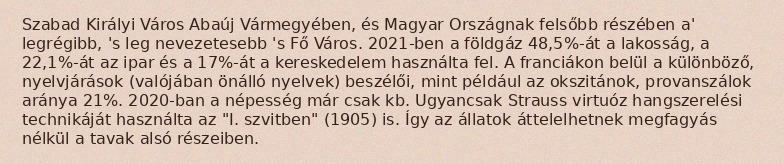
Szabad Királyi Város Abaúj Vármegyében, és Magyar Országnak felsőbb részében a' legrégibb, 's leg nevezetesebb 's Fő Város. 2021-ben a földgáz 48,5%-át a lakosság, a 22,1%-át az ipar és a 17%-át a kereskedelem használta fel. A franciákon belül a különböző, nyelvjárások (valójában önálló nyelvek) beszélői, mint például az okszitánok, provanszálok aránya 21%. 2020-ban a népesség már csak kb. Ugyancsak Strauss virtuóz hangszerelési technikáját használta az "I. szvitben" (1905) is. Így az állatok áttelelhetnek megfagyás nélkül a tavak alsó részeiben.